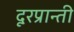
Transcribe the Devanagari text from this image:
दूरप्रान्ती